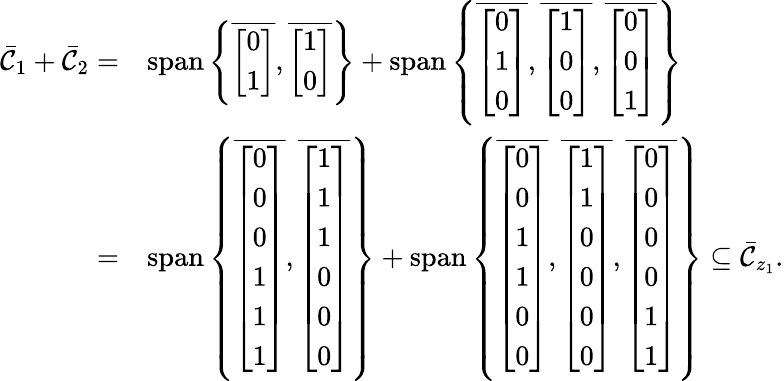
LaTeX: \begin{array}{rl}{\bar{\mathcal{C}}_{1}+\bar{\mathcal{C}}_{2}=}&{\operatorname{span}\left\{ \overline{{\left[\begin{array}{l}{0}\\ {1}\end{array}\right]}},\overline{{\left[\begin{array}{l}{1}\\ {0}\end{array}\right]}}\right\} +\operatorname{span}\left\{ \overline{{\left[\begin{array}{l}{0}\\ {1}\\ {0}\end{array}\right]}},\overline{{\left[\begin{array}{l}{1}\\ {0}\\ {0}\end{array}\right]}},\overline{{\left[\begin{array}{l}{0}\\ {0}\\ {1}\end{array}\right]}}\right\} }\\ {=}&{\operatorname{span}\left\{ \overline{{\left[\begin{array}{l}{0}\\ {0}\\ {0}\\ {1}\\ {1}\\ {1}\end{array}\right]}},\overline{{\left[\begin{array}{l}{1}\\ {1}\\ {1}\\ {0}\\ {0}\\ {0}\end{array}\right]}}\right\} +\operatorname{span}\left\{ \overline{{\left[\begin{array}{l}{0}\\ {0}\\ {1}\\ {1}\\ {0}\\ {0}\end{array}\right]}},\overline{{\left[\begin{array}{l}{1}\\ {1}\\ {0}\\ {0}\\ {0}\\ {0}\end{array}\right]}},\overline{{\left[\begin{array}{l}{0}\\ {0}\\ {0}\\ {0}\\ {1}\\ {1}\end{array}\right]}}\right\} \subseteq\bar{\mathcal{C}}_{z_{1}}.}\end{array}